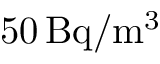
5 0 \, \mathrm { B q } / \mathrm { m } ^ { 3 }